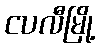
ငပလီမြို့